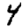
Digit: 4